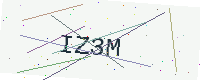
Text: IZ3M